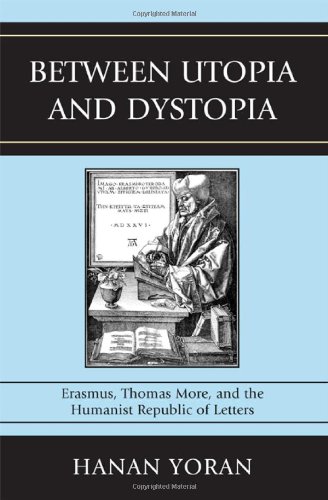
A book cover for Between Utopia and Dystopia: Erasmus, Thomas More, and the Humanist Republic of Letters; Hanan Yoran; Politics & Social Sciences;